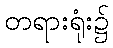
တရားရုံး၌